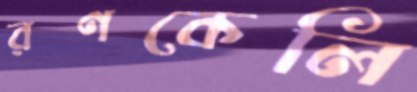
রণকেলি